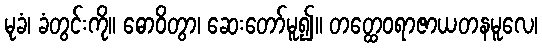
မုခံ၊ ခံတွင်းကို။ ဓောဝိတွာ၊ ဆေးတော်မူ၍။ တတ္ထေဝရာဇာယတနမူလေ၊